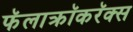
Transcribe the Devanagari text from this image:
फॅलाक्रॉकरॅक्स